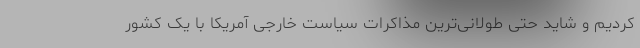
کردیم و شاید حتی طولانی‌ترین مذاکرات سیاست خارجی آمریکا با یک کشور